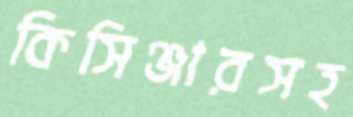
কিসিঞ্জারসহ